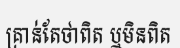
គ្រាន់តែថាពិត ឬមិនពិត